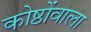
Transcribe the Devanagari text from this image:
कोष्ठोंवाला